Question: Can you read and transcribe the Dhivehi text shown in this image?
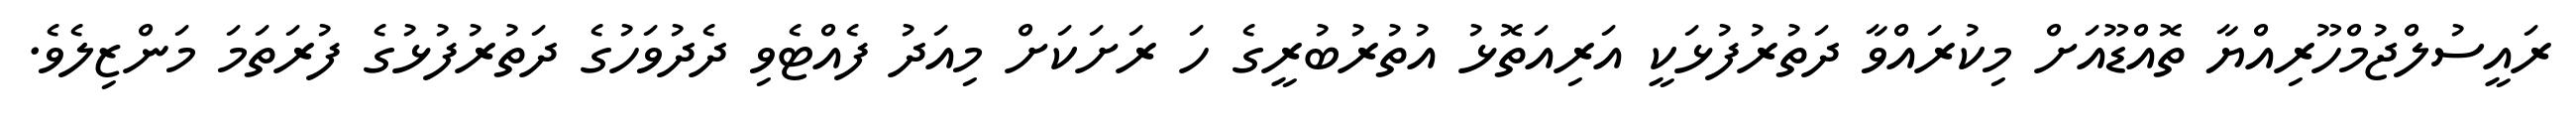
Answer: ރައީސުލްޖުމްހޫރިއްޔާ ތޮއްޑޫއަށް މިކުރައްވާ ދަތުރުފުޅަކީ އަރިއަތޮޅު އުތުރުބުރީގެ ހަ ރަށަކަށް މިއަދު ފެއްޓެވި ދެދުވަހުގެ ދަތުރުފުޅުގެ ފުރަތަމަ މަންޒިލެވެ.